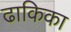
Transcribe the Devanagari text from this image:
ढाकिका